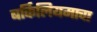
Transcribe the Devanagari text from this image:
बर्किलियमाचा